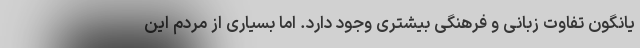
یانگون تفاوت زبانی و فرهنگی بیشتری وجود دارد. اما بسیاری از مردم این